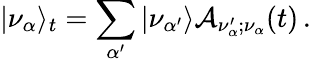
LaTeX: |\nu_{\alpha}\rangle_{t}=\sum_{\alpha^{\prime}}|\nu_{\alpha^{\prime}}\rangle{\cal A}_{\nu_{\alpha}^{\prime};{\nu_{\alpha}}}(t)\, .